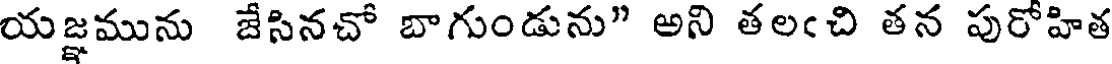
యజ్ఞమును జేసినచో బాగుండును" అని తలఁచి తన పురోహిత